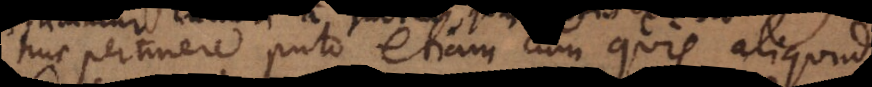
Huc pertinere puto etiam cum quis aliqu